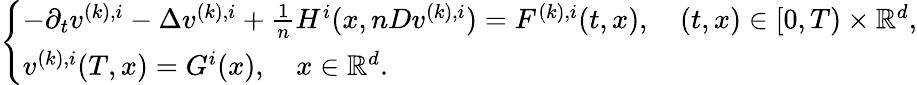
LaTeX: \begin{array}{r}{\left\{ \begin{array}{ll}{-\partial_{t}v^{(k),i}-\Delta v^{(k),i}+\frac{1}{n}H^{i}(x,nDv^{(k),i})=F^{(k),i}(t,x),\quad(t,x)\in[0,T)\times{\mathbb R}^{d},}\\ {v^{(k),i}(T,x)=G^{i}(x),\quad x\in{\mathbb R}^{d}.}\end{array}\right.}\end{array}